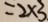
= 2 \times 3 .